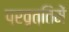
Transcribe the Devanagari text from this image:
प्रवृत्तिमें